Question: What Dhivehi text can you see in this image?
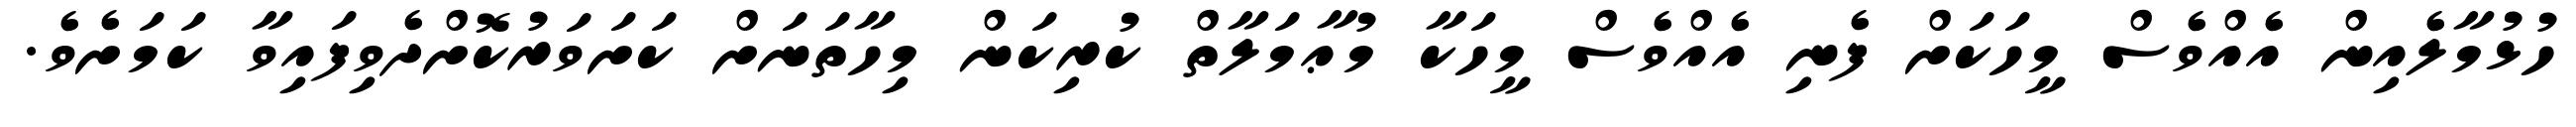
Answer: ހުޅުމާލެއިން އެއްވެސް މީހަކަށް ފެނި އެއްވެސް މީހަކާ މުޢާމަލާތް ކުރިކަން މިހާތަނަށް ކަށަވަރުކޮށްދެވިފައިވާ ކަމަށެވެ.